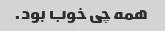
همه چی خوب بود.